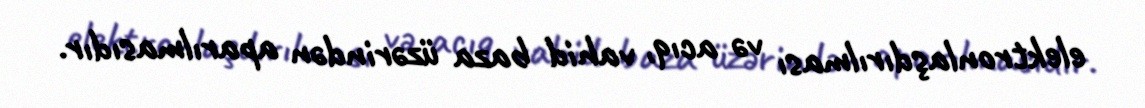
elektronlaşdırılması və acıq, vahid baza üzərindən aparılmasıdır.